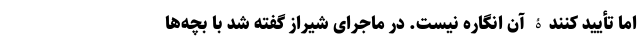
اما تأیید کنندۀ آن انگاره نیست. در ماجرای شیراز گفته شد با بچه‌ها